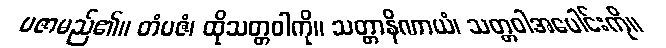
ပဇာမည်၏။ တံပဇံ၊ ထိုသတ္တဝါကို။ သတ္တာနိဏာယံ၊ သတ္တဝါအပေါင်းကို။